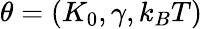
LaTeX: \theta=(K_{0},\gamma,k_{B}T)